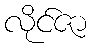
လိုင်ဇာ